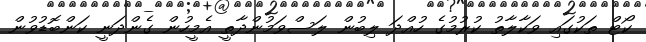
ކޯޓް ތަކުގައި ވަކާލާތު ކުރުމުގެ ހުއްދަ ލިބުން ލަސްވަމުންދާތީ އެމީހުން ގެންދަނީ ކަންބޮޑުވުން